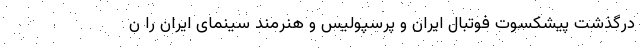
درگذشت پیشکسوت فوتبال ایران و پرسپولیس و هنرمند سینمای ایران را ن